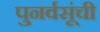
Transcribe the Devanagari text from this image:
पुनर्वसूंची